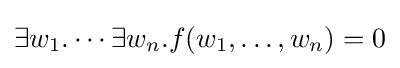
\exists w_{1}.\cdots \exists w_{n}.f(w_{1},\dots ,w_{n})=0